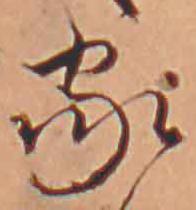
家